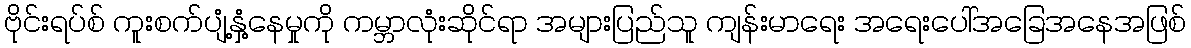
ဗိုင်းရပ်စ် ကူးစက်ပျံ့နှံ့နေမှုကို ကမ္ဘာလုံးဆိုင်ရာ အများပြည်သူ ကျန်းမာရေး အရေးပေါ်အခြေအနေအဖြစ်